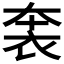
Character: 𧙐